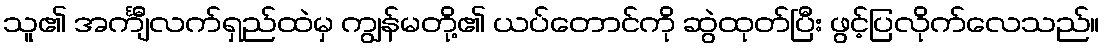
သူ၏ အင်္ကျီလက်ရှည်ထဲမှ ကျွန်မတို့၏ ယပ်တောင်ကို ဆွဲထုတ်ပြီး ဖွင့်ပြလိုက်လေသည်။